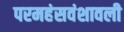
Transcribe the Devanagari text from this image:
परमहंसवंशावली